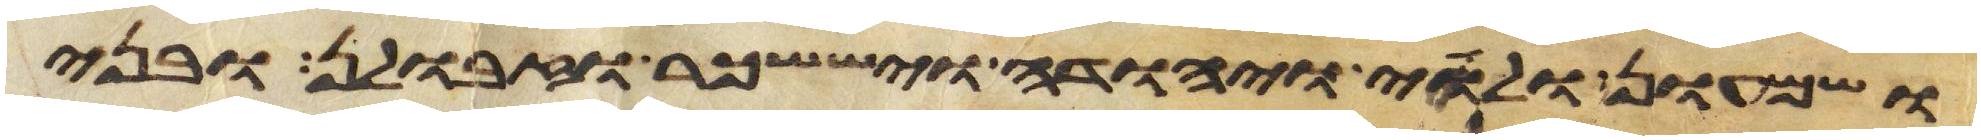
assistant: ושמעון ולוי ויהודה ויששכר וזבולן ובני